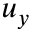
u _ { y }